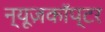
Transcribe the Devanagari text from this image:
न्यूज़कॉप्टर